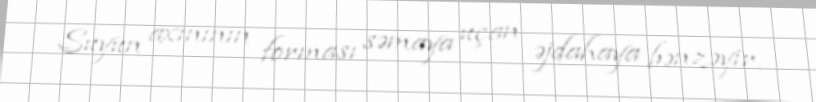
Suyun axınının forması səmaya uçan əjdahaya bənzəyir.